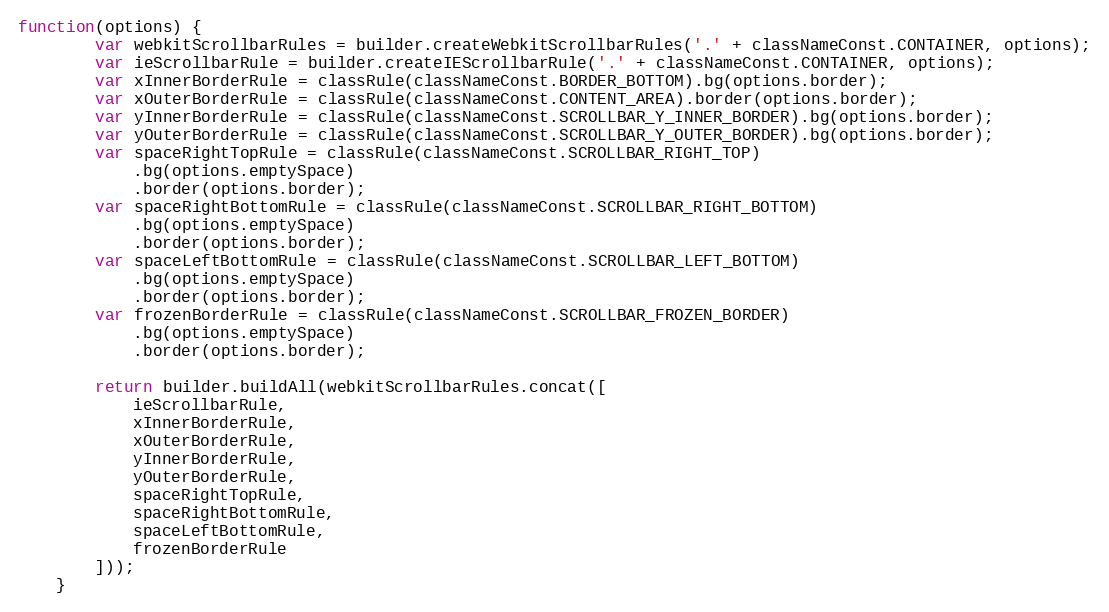
Language: JavaScript
function(options) {
        var webkitScrollbarRules = builder.createWebkitScrollbarRules('.' + classNameConst.CONTAINER, options);
        var ieScrollbarRule = builder.createIEScrollbarRule('.' + classNameConst.CONTAINER, options);
        var xInnerBorderRule = classRule(classNameConst.BORDER_BOTTOM).bg(options.border);
        var xOuterBorderRule = classRule(classNameConst.CONTENT_AREA).border(options.border);
        var yInnerBorderRule = classRule(classNameConst.SCROLLBAR_Y_INNER_BORDER).bg(options.border);
        var yOuterBorderRule = classRule(classNameConst.SCROLLBAR_Y_OUTER_BORDER).bg(options.border);
        var spaceRightTopRule = classRule(classNameConst.SCROLLBAR_RIGHT_TOP)
            .bg(options.emptySpace)
            .border(options.border);
        var spaceRightBottomRule = classRule(classNameConst.SCROLLBAR_RIGHT_BOTTOM)
            .bg(options.emptySpace)
            .border(options.border);
        var spaceLeftBottomRule = classRule(classNameConst.SCROLLBAR_LEFT_BOTTOM)
            .bg(options.emptySpace)
            .border(options.border);
        var frozenBorderRule = classRule(classNameConst.SCROLLBAR_FROZEN_BORDER)
            .bg(options.emptySpace)
            .border(options.border);

        return builder.buildAll(webkitScrollbarRules.concat([
            ieScrollbarRule,
            xInnerBorderRule,
            xOuterBorderRule,
            yInnerBorderRule,
            yOuterBorderRule,
            spaceRightTopRule,
            spaceRightBottomRule,
            spaceLeftBottomRule,
            frozenBorderRule
        ]));
    }